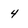
Character: 4